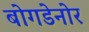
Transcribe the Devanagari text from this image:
बोगडेनोर